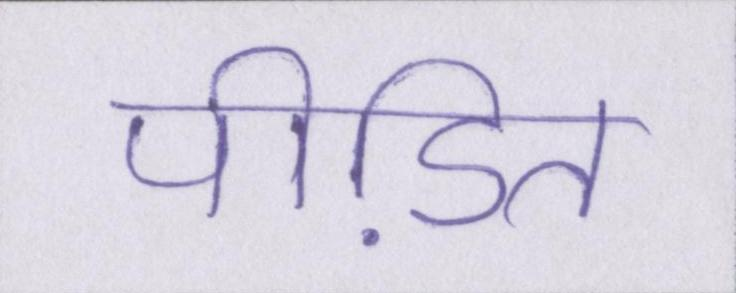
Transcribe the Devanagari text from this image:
पीडि़त